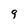
Character: q